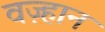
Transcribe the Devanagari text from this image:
वज़्हान